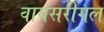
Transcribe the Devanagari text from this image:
वायसरीगल